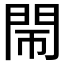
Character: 𨳪